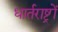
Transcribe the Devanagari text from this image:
धार्तराष्ट्रों